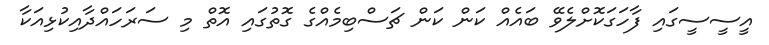
އީސީސީގައި ފާހަގަކޮށްލެވޭ ބައެއް ކަން ކަން ޗަސްބިމެއްގެ ގޮތުގައި އޮތް މި ސަރަހައްދާއިކުޅިއަކާ